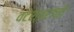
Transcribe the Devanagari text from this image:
वटेश्वरांची